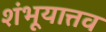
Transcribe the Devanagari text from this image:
शंभूयात्तव